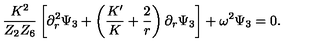
{ \frac { K ^ { 2 } } { Z _ { 2 } Z _ { 6 } } } \left[ \partial _ { r } ^ { 2 } \Psi _ { 3 } + \left( { \frac { K ^ { \prime } } { K } } + { \frac { 2 } { r } } \right) \partial _ { r } \Psi _ { 3 } \right] + \omega ^ { 2 } \Psi _ { 3 } = 0 .